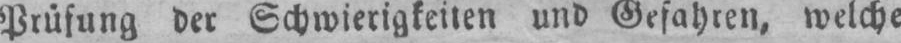
Prüfung der Schwierigkeiten und Gefahren, welche